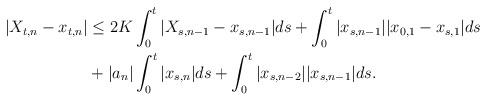
LaTeX: \begin{align*}\begin{aligned}|X_{t,n} - x_{t,n}| &\le 2K\int_0^t |X_{s,n-1} - x_{s,n-1}|ds + \int_0^t|x_{s,n-1}||x_{0,1} - x_{s,1}|ds \\ & + |a_n|\int_0^t |x_{s,n}|ds + \int_0^t |x_{s,n-2}||x_{s,n-1}|ds.\end{aligned}\end{align*}